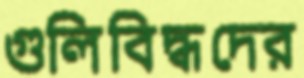
গুলিবিদ্ধদের